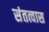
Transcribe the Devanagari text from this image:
संतत्वास